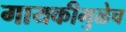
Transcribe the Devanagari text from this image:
गायकीमुळेच